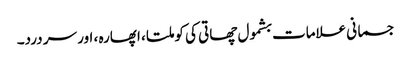
جسمانی علامات بشمول چھاتی کی کوملتا ، اپھارہ ، اور سر درد۔